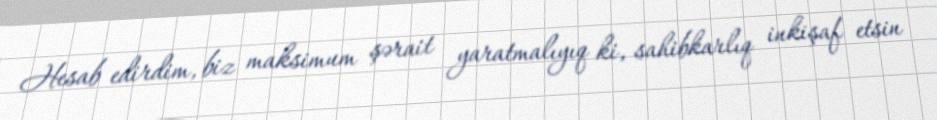
Hesab edirdim, biz maksimum şərait yaratmalıyıq ki, sahibkarlıq inkişaf etsin